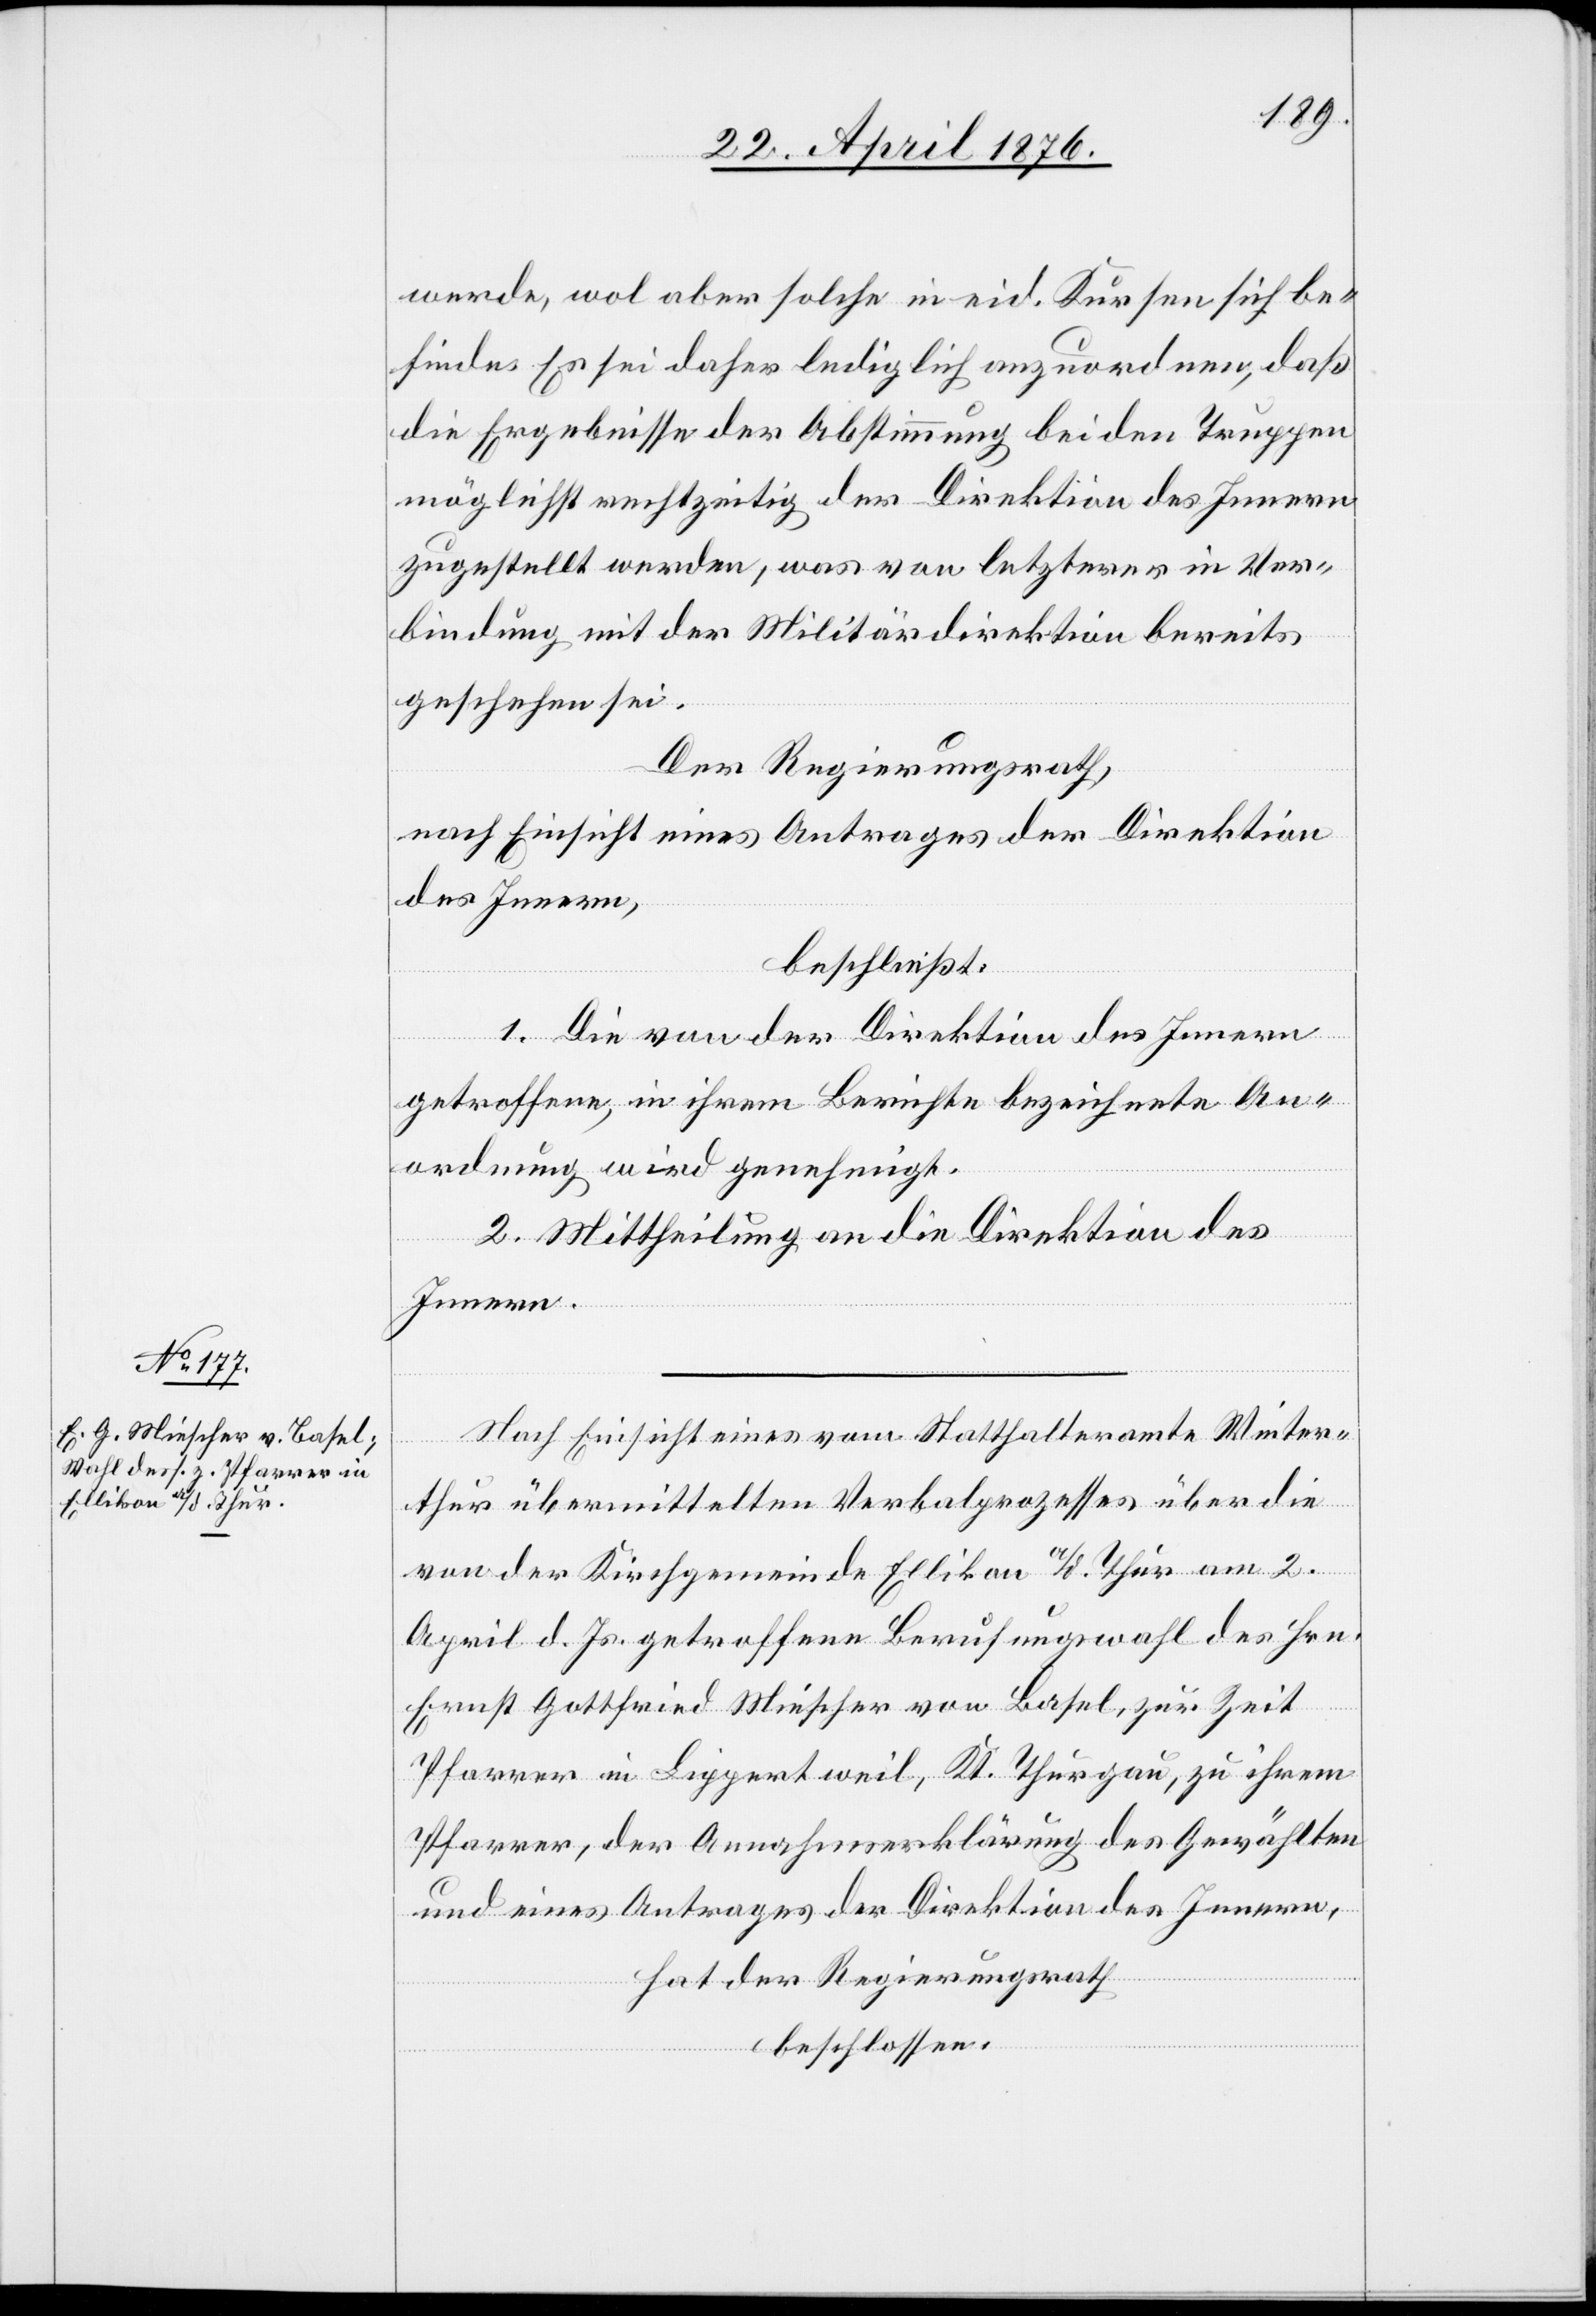
werde, wol aber solche in eid. Kursen sich be¬
finden. Es sei daher lediglich anzuordnen, daß
die Ergebnisse der Abstimmung bei den Truppen
möglichst rechtzeitig der Direktion des Innern
zugestellt werden, was von letzterer in Ver¬
bindung mit der Militärdirektion bereits
geschehen sei.
Der Regierungsrath,
nach Einsicht eines Antrages der Direktion
des Innern,
beschließt:
1. Die von der Direktion des Innern
getroffene, in ihrem Berichte bezeichnete An¬
ordnung wird genehmigt.
2. Mittheilung an die Direktion des
Innern.
Nach Einsicht eines vom Statthalteramte Winter¬
thur übermittelten Verbalprozesses über die
von der Kirchgemeinde Ellikon a/d Thur am 2.
April d. Js. getroffene Berufungswahl des Hrn.
Ernst Gottfried Miescher von Basel, zur Zeit
Pfarrer in Lippertweil, Kt. Thurgau, zu ihrem
Pfarrer, der Annahmserklärung des Gewählten
und eines Antrages der Direktion des Innern,
hat der Regierungsrath
beschlossen: